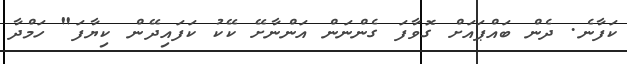
ކަފާނެ. ދެން ބައްޕައަށް ގޮވާފަ ގެންނަން އަންނާށޭ ކޭކު ކަފައިދޭން ކިޔާފަ" ހަމްދާ